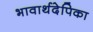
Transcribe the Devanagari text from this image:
भावार्थदेपिका